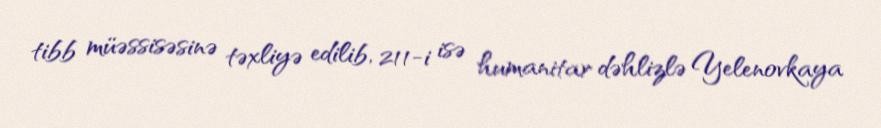
tibb müəssisəsinə təxliyə edilib, 211-i isə humanitar dəhlizlə Yelenovkaya